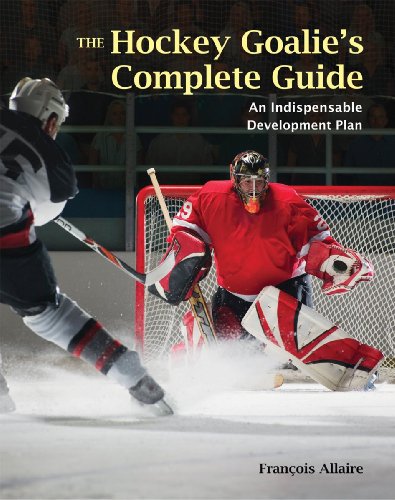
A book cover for The Hockey Goalie's Complete Guide: An Indispensable Development Plan; Francoise Allaire; Sports & Outdoors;